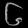
Digit: ၆